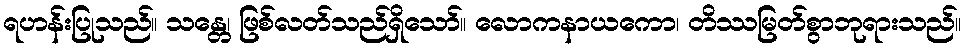
ရဟန်းပြုသည်။ သန္တေ၊ ဖြစ်လတ်သည်ရှိသော်။ လောကနာယကော၊ တိဿမြတ်စွာဘုရားသည်။